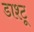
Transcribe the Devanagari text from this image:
डाश्टू